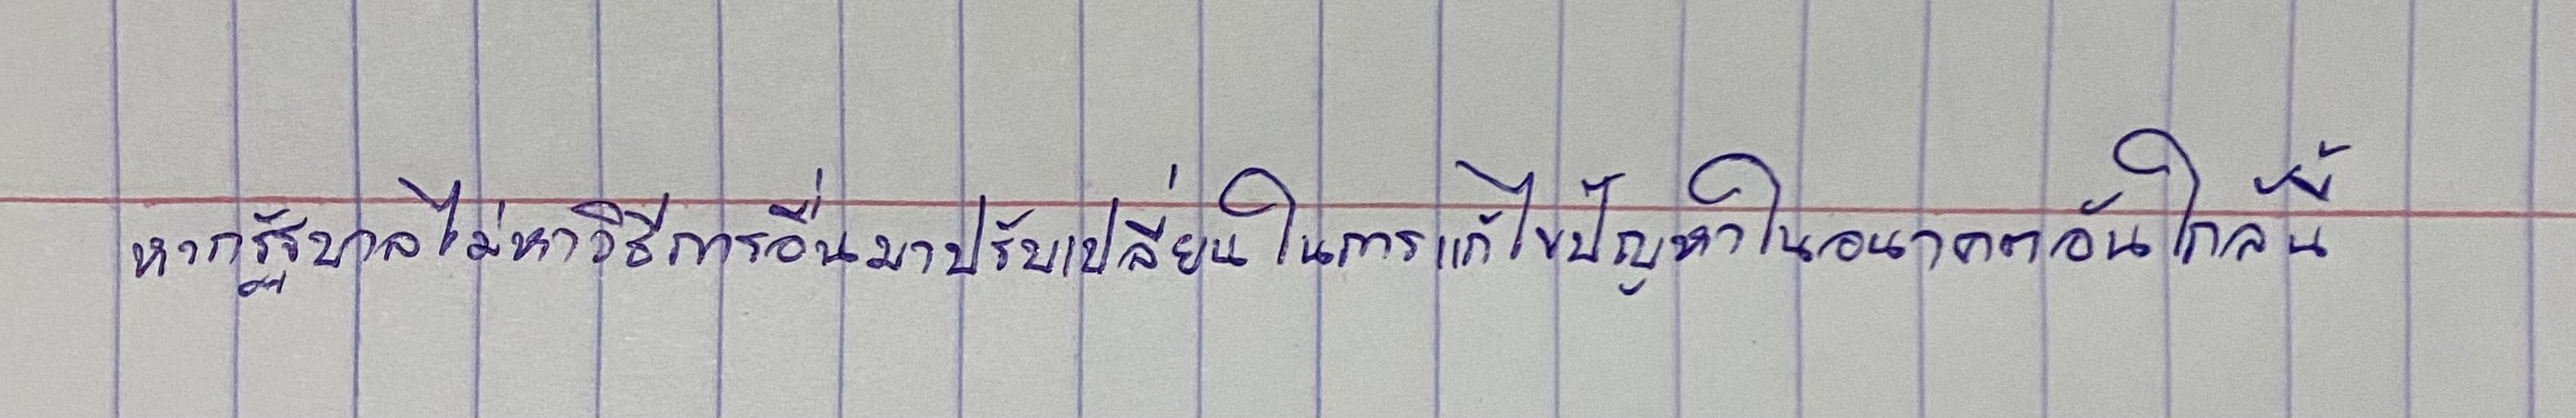
หากรัฐบาลไม่หาวิธีการอื่นมาปรับเปลี่ยนในการแก้ไขปัญหาในอนาคตอันใกล้นี้